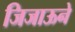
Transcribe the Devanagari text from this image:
जिजाऊने